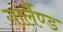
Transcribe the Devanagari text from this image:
गार्लैण्ड